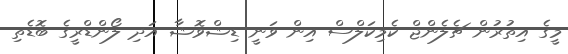
މީގެ އިތުރުން ޗެލެންޖް ކެމިކަލްސް އިން ވަނީ ޑިޝްވޮޝާ އަދި ލޯންޑްރީގެ ބޮޑެތި